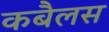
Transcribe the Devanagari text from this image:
कबैलस